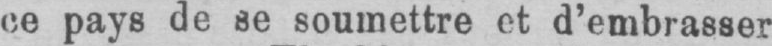
ce pays de se soumettre et d’embrasser